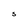
Character: S